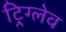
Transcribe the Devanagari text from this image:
ट्रिग्लेव